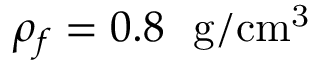
\rho _ { f } = 0 . 8 ~ ~ \mathrm { g / c m ^ { 3 } }